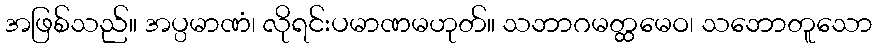
အဖြစ်သည်။ အပ္ပမာဏံ၊ လိုရင်းပမာဏမဟုတ်။ သဘာဂမတ္ထမေဝ၊ သဘောတူသော